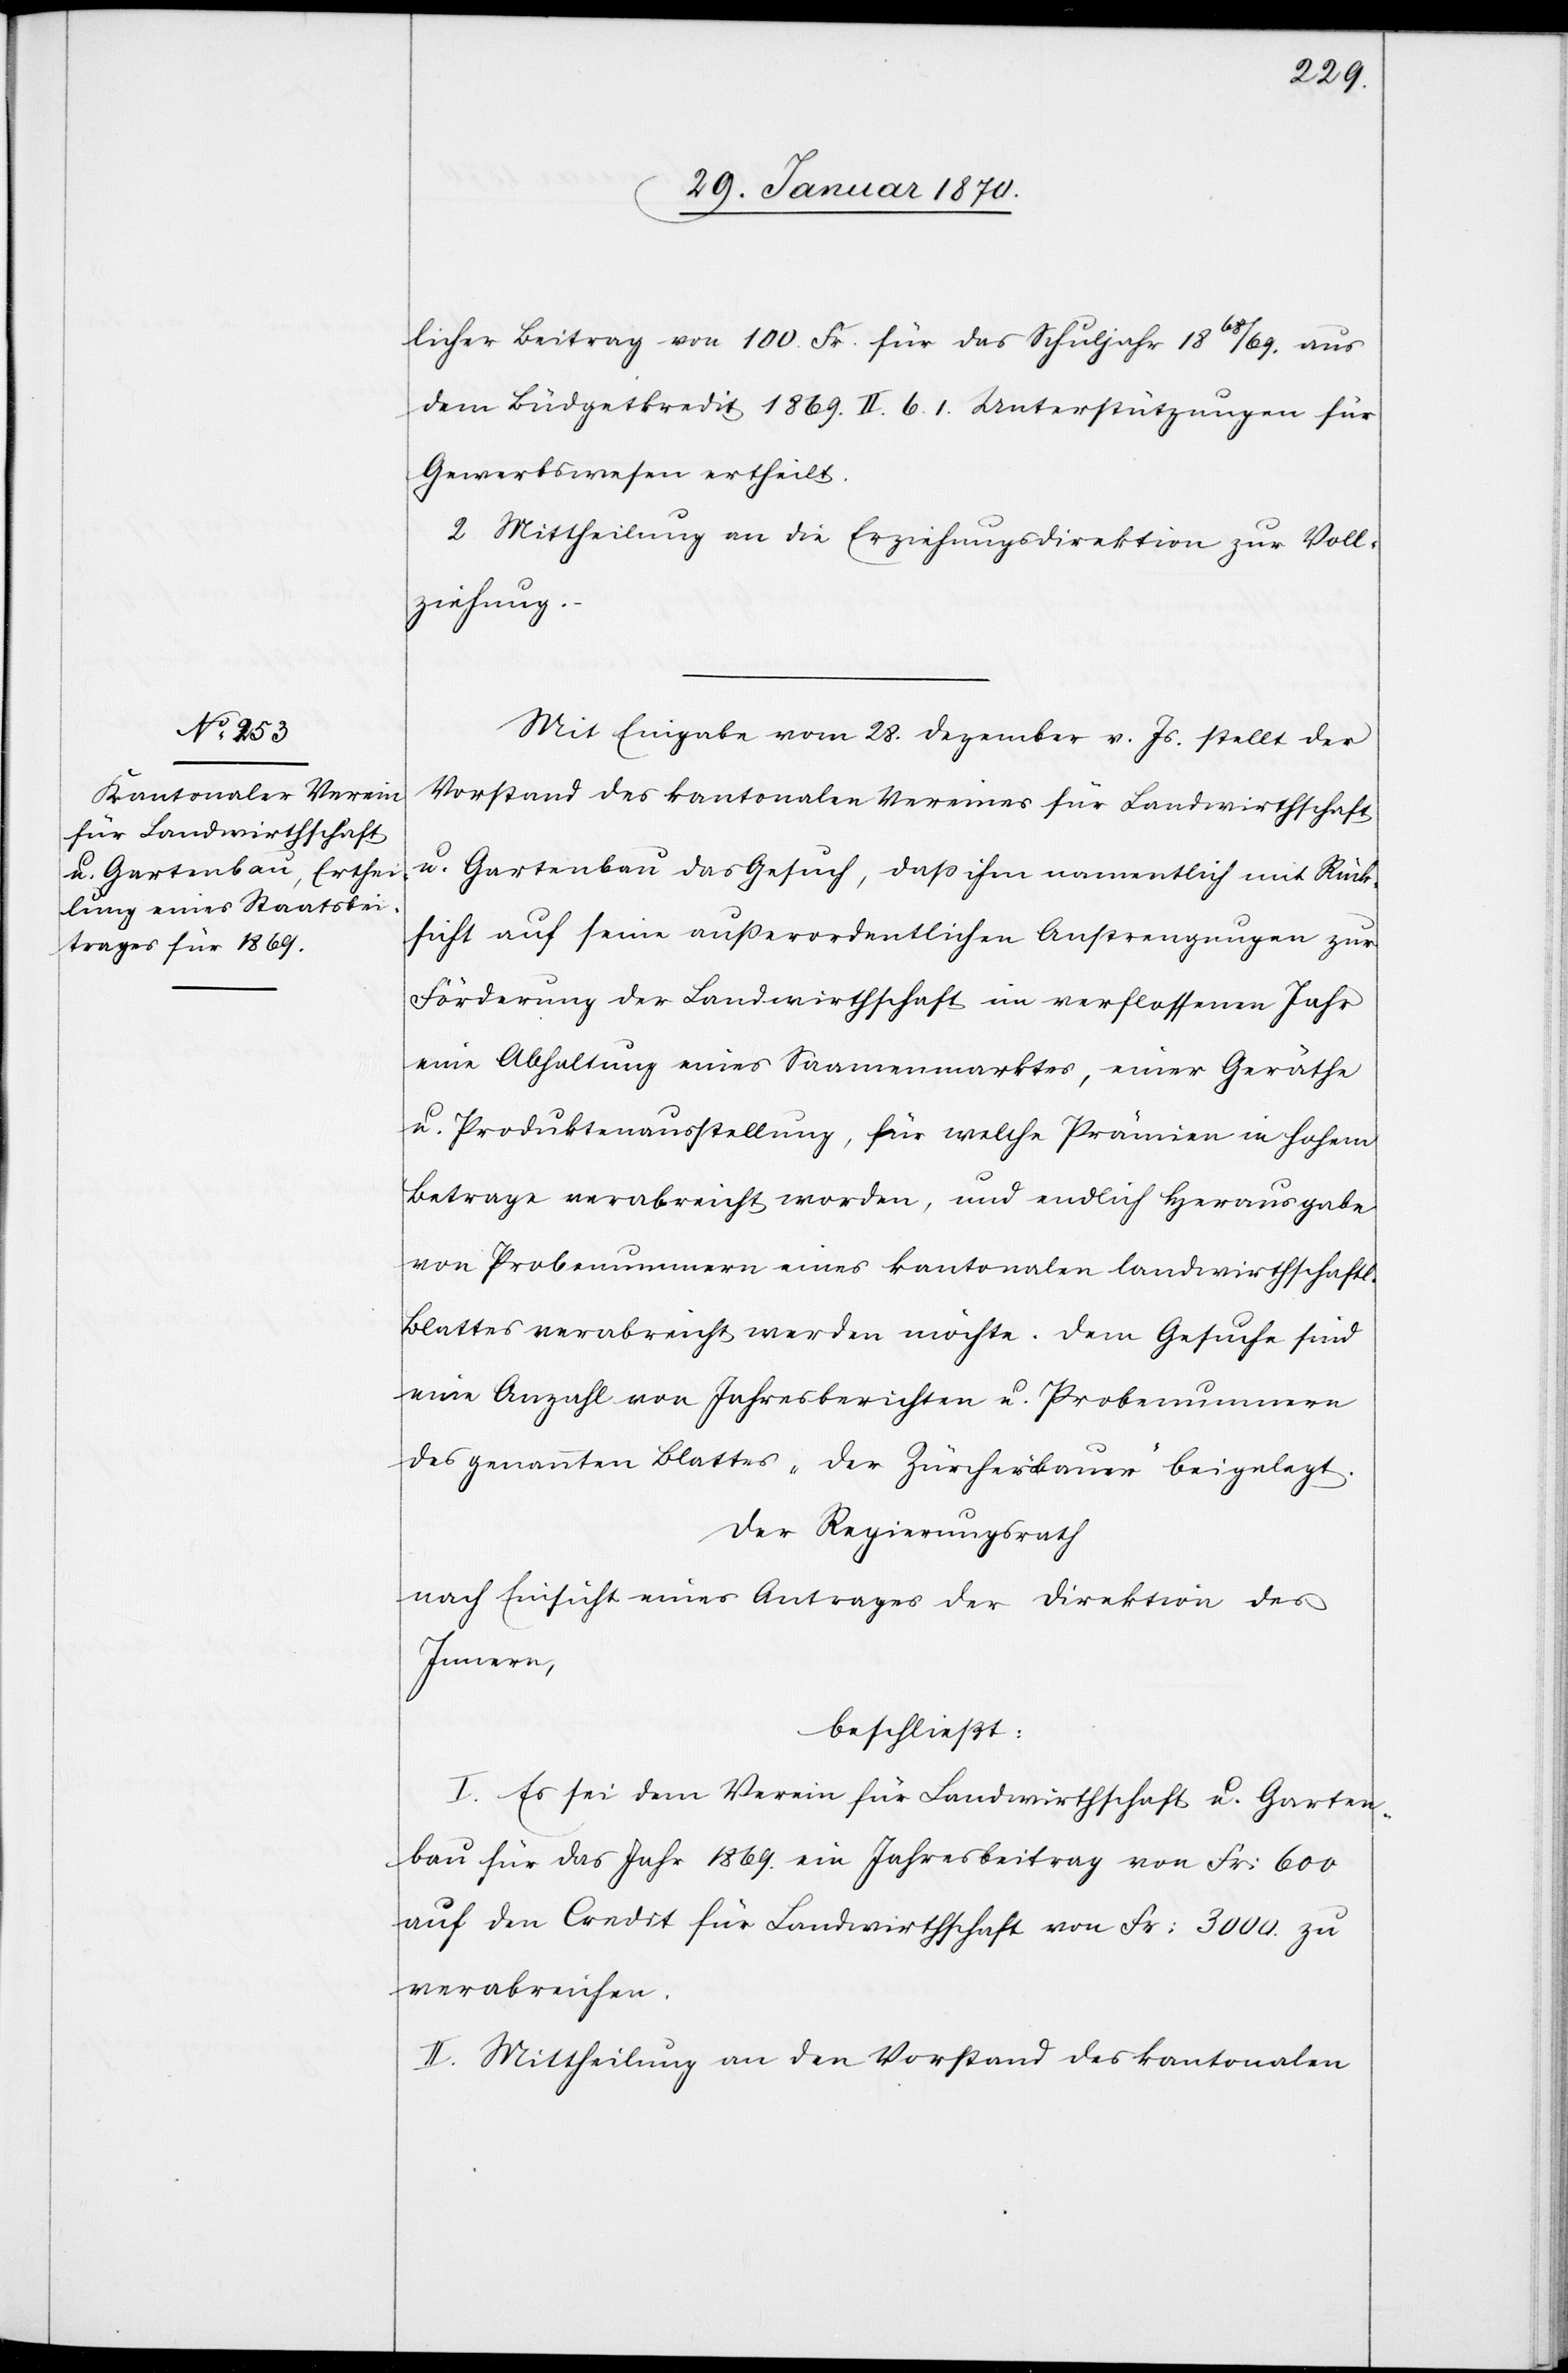
licher Beitrag von 100. Fr. für das Schuljahr 1868/69. aus
dem Budgetkredit 1869. II. 6.1. Unterstützungen für
Gewerbswesen ertheilt.
2. Mittheilung an die Erziehungsdirektion zur Voll¬
ziehung.
Mit Eingabe vom 28. Dezember v. Js. stellt der
Vorstand des kantonalen Vereins für Landwirthschaft
u. Gartenbau das Gesuch, daß ihm namentlich mit Rück¬
sicht auf seine außerordentlichen Anstrengungen zur
Förderung der Landwirthschaft im verflossenen Jahr
eine Abhaltung eines Saamenmarktes, einer Geräthe[-]
u. Produktenausstellung, für welche Prämien in hohem
Betrage verabreicht worden, und endlich Herausgabe
von Probenummern eines kantonalen landwirthschaftl.
Blattes verabreicht werden möchte. Dem Gesuche sind
eine Anzahl von Jahresberichten u. Probenummern
des genannten Blattes „ Der Zürcherbauer“ beigelegt.
Der Regierungsrath
nach Einsicht eines Antrages der Direktion des
Innern,
beschließt:
I. Es sei dem Verein für Landwirthschaft. u. Garten¬
bau für das Jahr 1869. ein Jahresbeitrag von Fr: 600
auf den Credit für Landwirthschaft von Fr: 3000 zu
verabreichen.
II. Mittheilung an den Vorstand des kantonalen